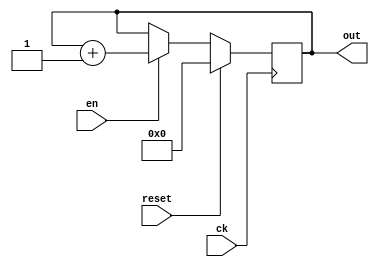
`timescale 1ns / 1ps

//////////////////////////////////////////////////////////////////////////////////


module counter(
        input ck,
        input reset,
        input en,
        output reg [10:0] out
    );
    
    always@(posedge ck)
    begin
        if(reset==1)
            begin
            out<=0;
            end
        else
            begin
                if(en==1)
                    begin
                    out<=out+1;
                    end
                else
                    begin
                    out<=out;
                    end                  
            end
    
    end
    
    
    
    
endmodule